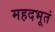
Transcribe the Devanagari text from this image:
महदभूतं